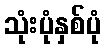
သုံးပုံနှစ်ပုံ